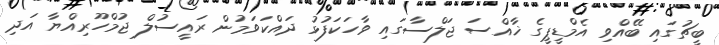
ބީޗުގައި ބޭއްވި އެމްޑީޕީގެ ޚާއްސަ ޖަލްސާގައި ވާހަކަފުޅު ދައްކަވަމުން ރައީސުލް ޖުމްހޫރިއްޔާ އަދި